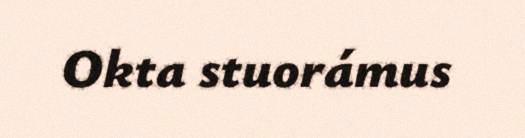
Okta stuorámus